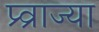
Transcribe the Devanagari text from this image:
प्र्व्राज्या